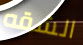
الشقه